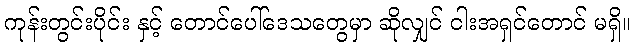
ကုန်းတွင်းပိုင်း နှင့် တောင်ပေါ်ဒေသတွေမှာ ဆိုလျှင် ငါးအရှင်တောင် မရှိ။